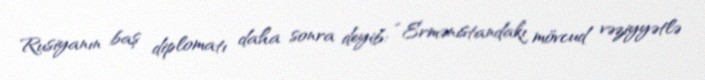
Rusiyanın baş diplomatı daha sonra deyib: “Ermənistandakı mövcud vəziyyətlə